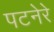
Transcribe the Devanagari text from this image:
पटनेरे